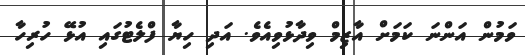
ވަމުން އަންނަ ކަމަށް އާޒިމް ވިދާޅުވިއެވެ. އަދި ހިޔާ ފްލެޓުގައި އުޅޭ ހުރިހާ